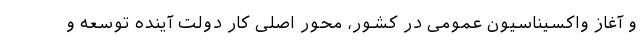
و آغاز واکسیناسیون عمومی در کشور، محور اصلی کار دولت آینده توسعه و